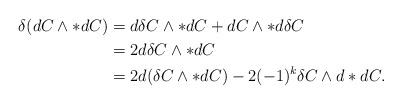
LaTeX: \begin{align*}\delta (dC\wedge *dC)&=d\delta C\wedge *dC+ dC\wedge *d\delta C\\&=2d\delta C\wedge *dC\\&=2d(\delta C\wedge *dC)-2(-1)^k\delta C\wedge d*dC.\end{align*}